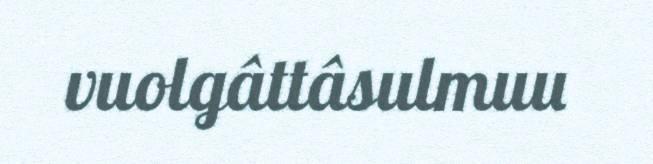
vuolgâttâsulmuu